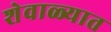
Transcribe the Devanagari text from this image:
शेवाळ्यात